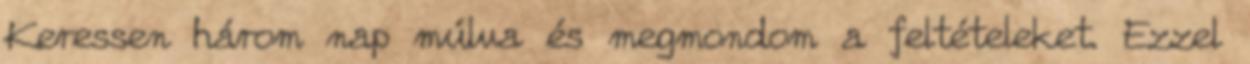
Keressen három nap múlva és megmondom a feltételeket. Ezzel